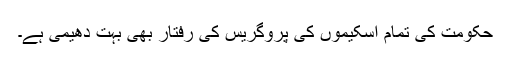
حکومت کی تمام اسکیموں کی پروگریس کی رفتار بھی بہت دھیمی ہے۔